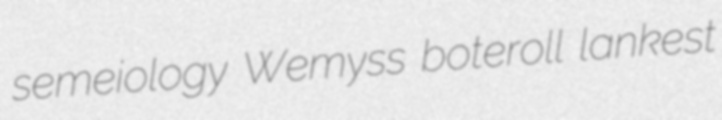
semeiology Wemyss boteroll lankest